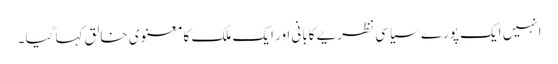
انہیں ایک پورے سیاسی نظریے کابانی اور ایک ملک کا معنوی خالق کہا گیا ۔